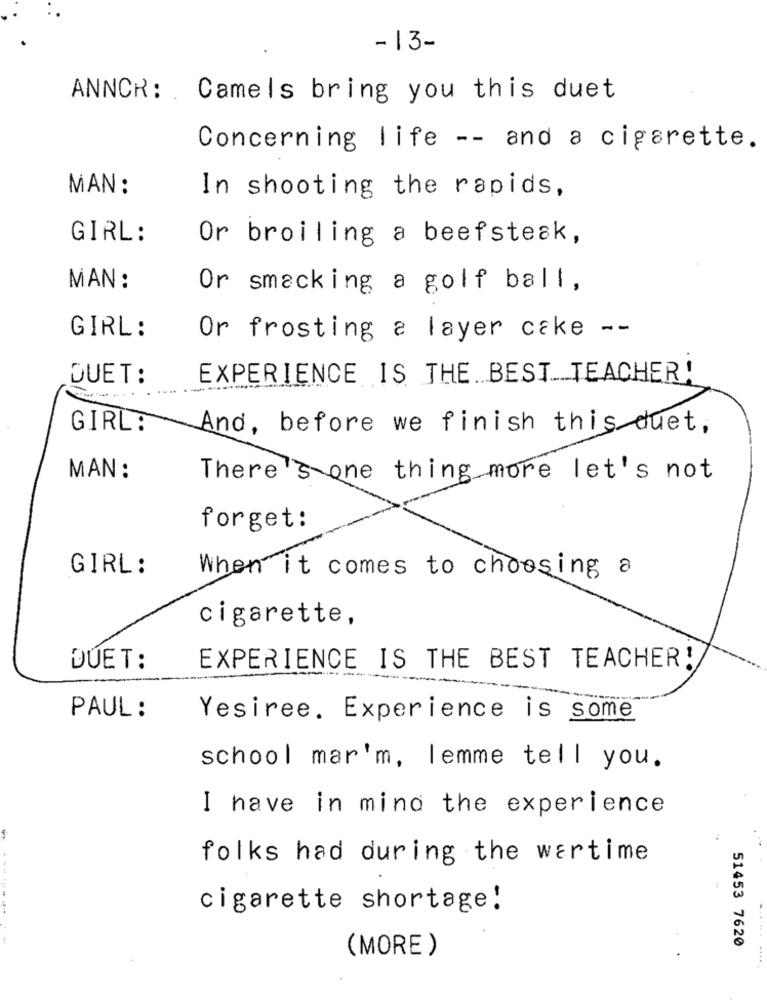
- 13-
ANNCR: Camels bring you this duet
Concerning life -- and a cigarette.
MAN :
In shooting the rapids,
GIRL:
Or broiling a beefsteak,
MAN :
Or smacking a golf ball,
GIRL:
Or frosting a layer cake --
DUET:
EXPERIENCE IS THE BEST TEACHER!
GIRL:
And, before we finish this duet,
MAN :
There's one thing more let's not
forget:
GIRL:
When it comes to choosing a
cigarette,
DUET:
EXPERIENCE IS THE BEST TEACHER!
PAUL :
Yesiree. Experience is some
school mar'm, lemme tell you.
I have in mind the experience
1
. -
folks had during the wartime
cigarette shortage!
51453 7620
(MORE)
... ....